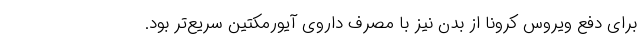
برای دفع ویروس کرونا از بدن نیز با مصرف داروی آیورمکتین سریع‌تر بود.